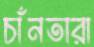
চাঁনতারা